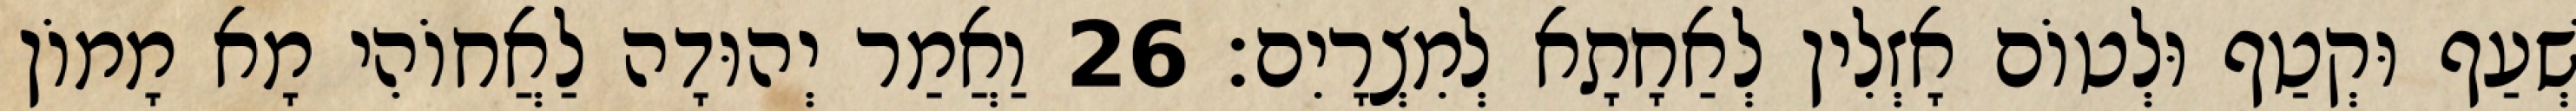
שְׁעַף וּקְטַף וּלְטוֹם אָזְלִין לְאַחָתָא לְמִצְרָיִם׃ 26 וַאֲמַר יְהוּדָה לַאֲחוֹהִי מָא מָמוֹן